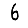
Digit: 6